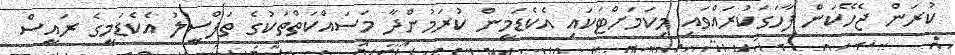
ކުރަން ޖެހޭކަން ފާހަގަކުރައްވައި މިކަމަށްޓަކައި އެކެޑަމީން ކުރަމުންދާ މަސައްކަތްތަކުގެ ތަފްސީލު އެކެޑަމީގެ ރައީސް